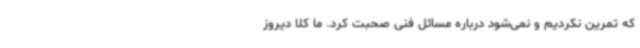
که تمرین نکردیم و نمی‌شود درباره مسائل فنی صحبت کرد. ما کلا دیروز